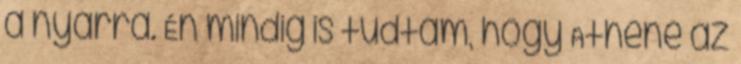
a nyárra. Én mindig is tudtam, hogy Athéné az